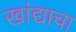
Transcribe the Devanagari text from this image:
खांद्याचा